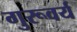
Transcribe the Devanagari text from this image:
गुरूवर्य